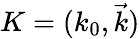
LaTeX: K=(k_{0},{\vec{k}})